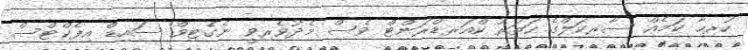
ހުރިހާ ކަމެއް ސާރކަލްގެ ހަތަރު ކްއަރޑްރަންޓް ވެސް މެދުވެރިވީ ނެގެޓިވް ސައިޑް އިފެކްޓްސް